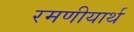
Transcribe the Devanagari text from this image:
रमणीयार्थ